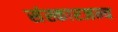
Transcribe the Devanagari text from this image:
संस्कारजन्य